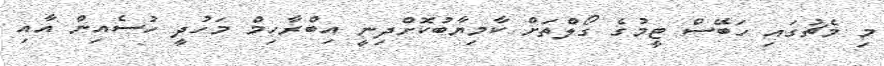
މި މެޗުގައި ހަބޭސް ޓީމުގެ ގޯލްތަށް ކާމިޔާބުކޮށްދިނީ އިބްރާހިމް މަހުދީ ހުސެއިން އާއި